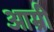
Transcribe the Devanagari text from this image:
आम्री